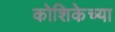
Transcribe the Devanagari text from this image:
कोशिकेच्या